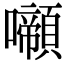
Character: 𡄶